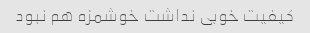
کیفیت خوبی نداشت خوشمزه هم نبود